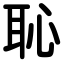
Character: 恥